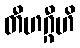
တီဟဂ္ဂီဟိ